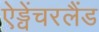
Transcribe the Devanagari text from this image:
ऐड्वेंचरलैंड